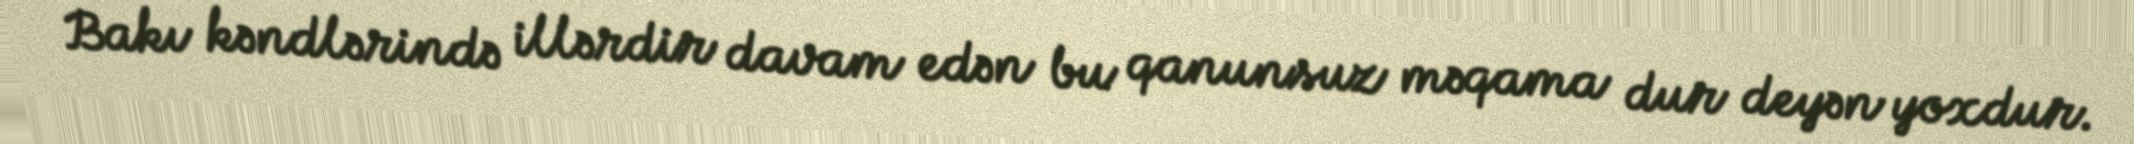
Bakı kəndlərində illərdir davam edən bu qanunsuz məqama dur deyən yoxdur.